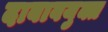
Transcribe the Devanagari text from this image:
दाबावयुक्त